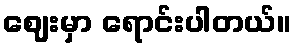
ဈေးမှာ ရောင်းပါတယ်။